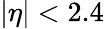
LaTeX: |\eta|<2.4